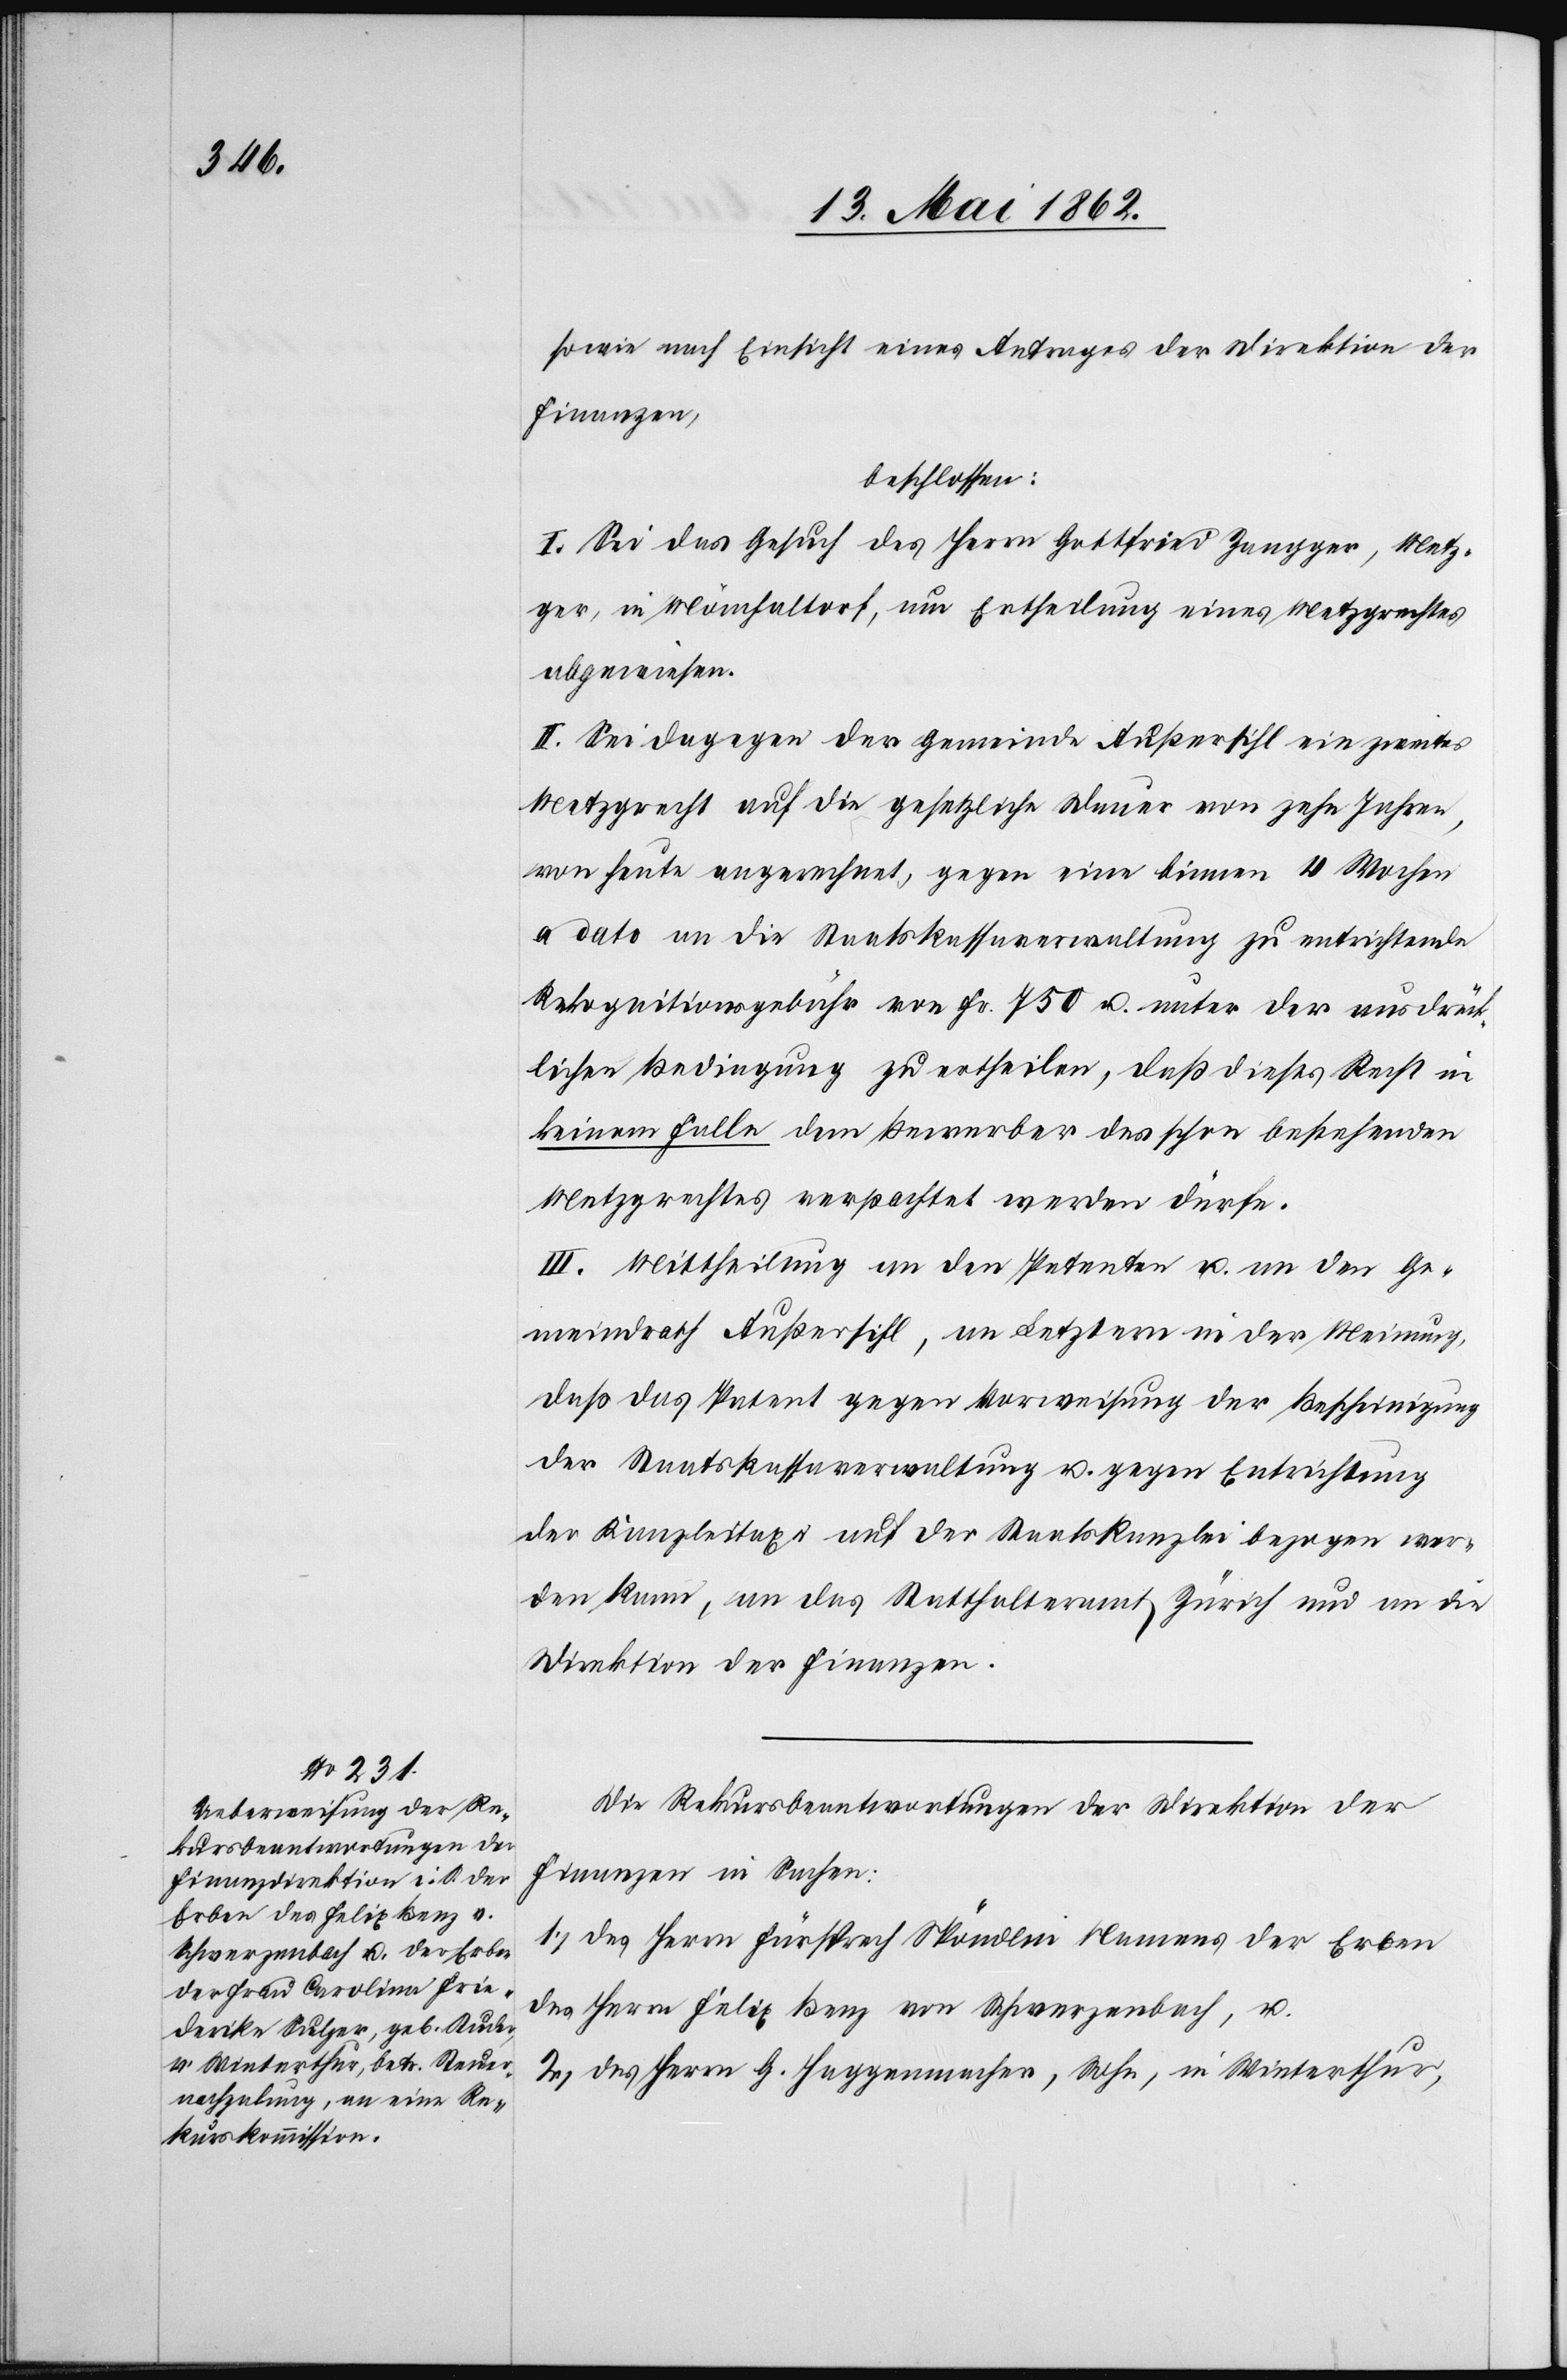
sowie nach Einsicht eines Antrages der Direktion der
Finanzen,
beschlossen:
I. Sei das Gesuch des Herrn Gottfried Zangger, Metz¬
ger, in Mönchaltorf, um Ertheilung eines Metzgrechtes
abgewiesen.
II. Sei dagegen der Gemeinde Außersihl ein zweites
Metzgrecht auf die gesetzliche Dauer von zehn Jahren,
von heute angerechnet, gegen eine binnen 4 Wochen
a dato an die Staatskassaverwaltung zu entrichtende
Rekognitionsgebühr von Fr. 750 u. unter der ausdrück¬
lichen Bedingung zu ertheilen, daß dieses Recht in
keinem Falle dem Bewerber des schon bestehenden
Metzgrechtes verpachtet werden dürfe.
III. Mittheilung an den Petenten u. an den Ge¬
meindrath Außersihl, an Letztern in der Meinung,
daß das Patent gegen Vorweisung der Bescheinigung
der Staatskassaverwaltung u. gegen Entrichtung
der Kanzleitaxe auf der Staatskanzlei bezogen wer¬
den kann, an das Statthalteramt Zürich und an die
Direktion der Finanzen.
Die Rekursbeantwortung der Direktion der
Finanzen in Sachen:
1) des Herrn Fürsprech Spöndlin Namens der Erben
des Herrn Felix Benz von Schwerzenbach, u.
2) des Herrn G. Haggenmacher, Sohn, in Winterthur,